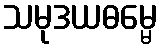
သမုဒယဓမ္မေ